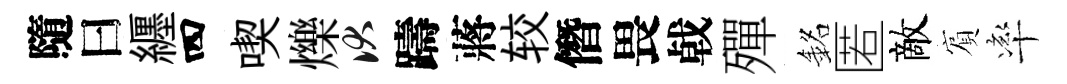
隨曰纒四喫爍伏躊蔣较僭畏㦸殫銘匿敵賔率